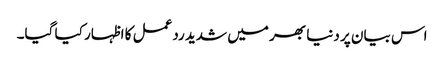
اس بیان پر دنیا بھر میں شدید ردعمل کا اظہار کیا گیا۔